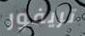
تريفور